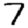
Digit: 7